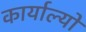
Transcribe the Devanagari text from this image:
कार्याल्यों